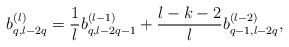
LaTeX: \begin{align*}b_{q,l-2q}^{(l)} = \frac{1}{l} b_{q,l-2q-1}^{(l-1)}+\frac{l-k-2}{l}b_{q-1,l-2q}^{(l-2)},\end{align*}